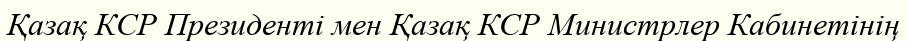
Қазақ КСР Президенті мен Қазақ КСР Министрлер Кабинетінің